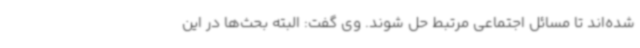
شده‌اند تا مسائل اجتماعی مرتبط حل شوند. وی گفت: البته بحث‌ها در این